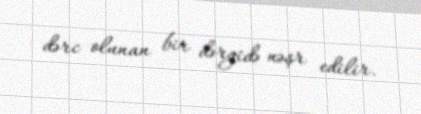
dərc olunan bir dərgidə nəşr edilir.